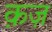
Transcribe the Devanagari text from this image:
क़ज़